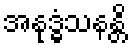
အနုဒ္ဓံသနန္တိ